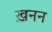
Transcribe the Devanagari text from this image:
ख़नन